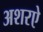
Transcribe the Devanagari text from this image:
अशरऐ